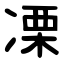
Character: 凓